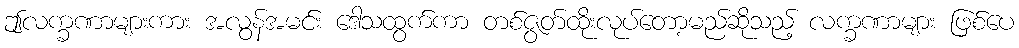
ဤလက္ခဏာများကား အလွန်အမင်း ဒေါသထွက်ကာ တစ်ဇွတ်ထိုးလုပ်တော့မည်ဆိုသည့် လက္ခဏာများ ဖြစ်ပေ